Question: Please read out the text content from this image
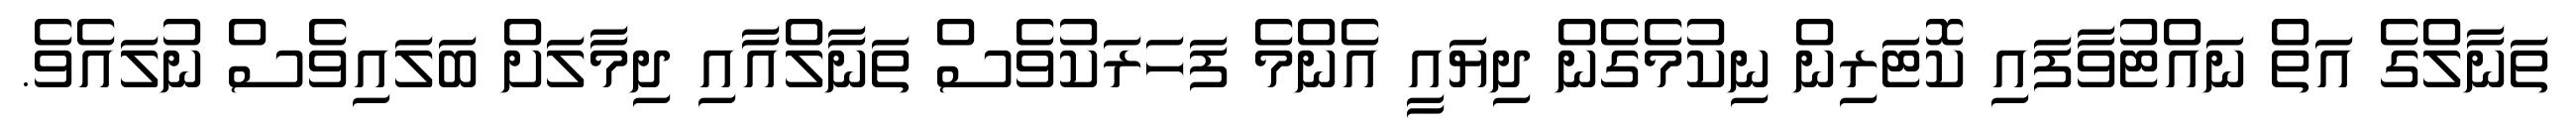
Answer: ތަނާލްގެ އަތް ނައްޓުވާފައި ކޮޓަރިން ނިކުމެގެން ދިޔައީ އެންމެ ފަހަރަކުވެސް ތަނާލްއާއި ދިމާލަށް ބަލައިވެސް ނުލައެވެ.